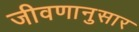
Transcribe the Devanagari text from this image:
जीवणानुसार